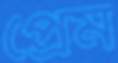
প্রেম